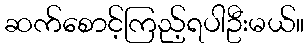
ဆက်စောင့်ကြည့်ရပါဦးမယ်။